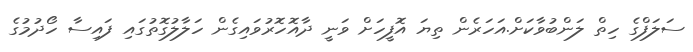
ސަލަފްގެ ހިތް ލަންބުވާކަށް.އަހަރެން ތިޔަ އޮފީހަށް ވަނީ ދާއޮހޮރުވައިގެން ހަލާލުގޮތުގައި ފައިސާ ހޯދުމުގެ